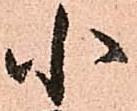
小